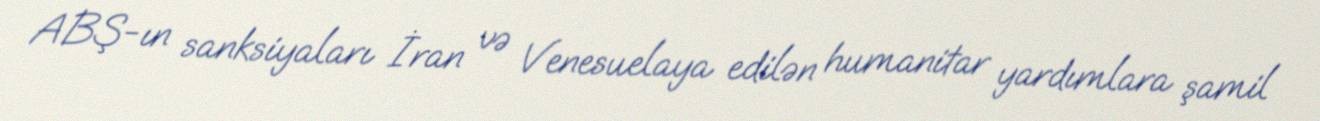
ABŞ-ın sanksiyaları İran və Venesuelaya edilən humanitar yardımlara şamil